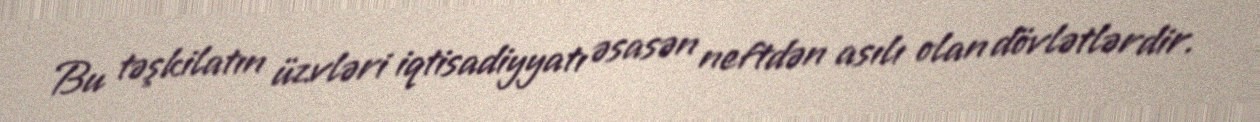
Bu təşkilatın üzvləri iqtisadiyyatı əsasən neftdən asılı olan dövlətlərdir.